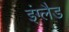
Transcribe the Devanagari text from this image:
इंग्लैड